Some observations on the poison of Russell's viper (Daboia russellii) - Number 3
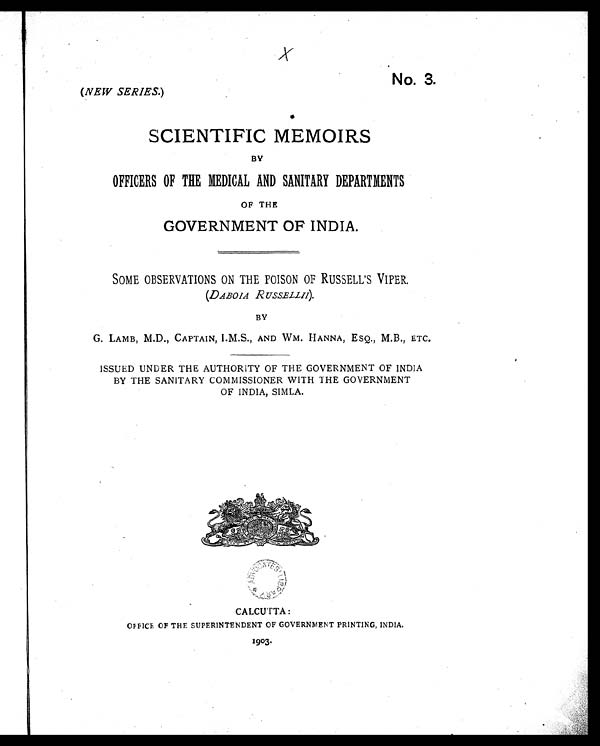
X
No. 3.
(NEW SERIES.)
SCIENTIFIC MEMOIRS
BY
OFFICERS OF THE MEDICAL AND SANITARY DEPARTMENTS
OF THE
GOVERNMENT OF INDIA.
SOME OBSERVATIONS ON THE POISON OF RUSSELL'S VIPER.
(DABOIA RUSSELLII).
BY
G. LAMB, M.D., CAPTAIN, I.M.S., AND WM. HANNA, ESQ., M.B., ETC.
ISSUED UNDER THE AUTHORITY OF THE GOVERNMENT OF INDIA
BY THE SANITARY COMMISSIONER WITH THE GOVERNMENT
OF INDIA, SIMLA.
CALCUTTA :
OFFICE OF THE SUPERINTENDENT OF GOVERNMENT PRINTING, INDIA.
1903.